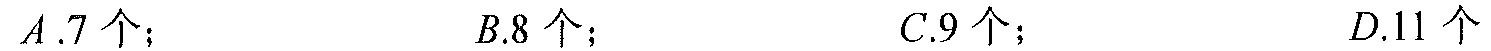
\(A.7个；\quad B.8个；\quad C.9个；\quad D.11个\)